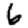
Digit: 6